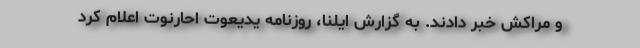
و مراکش خبر دادند. به گزارش ایلنا، روزنامه یدیعوت احارنوت اعلام کرد